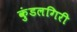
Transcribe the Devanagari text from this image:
कुंडलगिरी